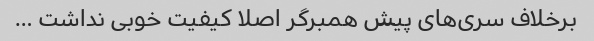
برخلاف سری‌های پیش همبرگر اصلا کیفیت خوبی نداشت …